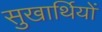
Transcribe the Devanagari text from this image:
सुखार्थियों